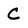
Character: C